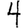
Digit: 4